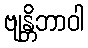
ဗျန္တိဘာဝါ